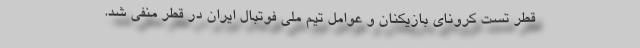
قطر تست کرونای بازیکنان و عوامل تیم ملی فوتبال ایران در قطر منفی شد.